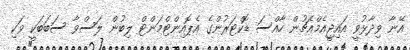
އޭނާ ވިދާޅުވީ އައިޖީއެމްއެޗުން ހާއްސަ ޑޮކްޓަރުންގެ އެޕޮއިންޓްމަންޓް ލިބުން ލަސްވާ ސަބަބަކީ ވަކި